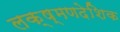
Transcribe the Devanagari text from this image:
लक्ष्मणदेशिक